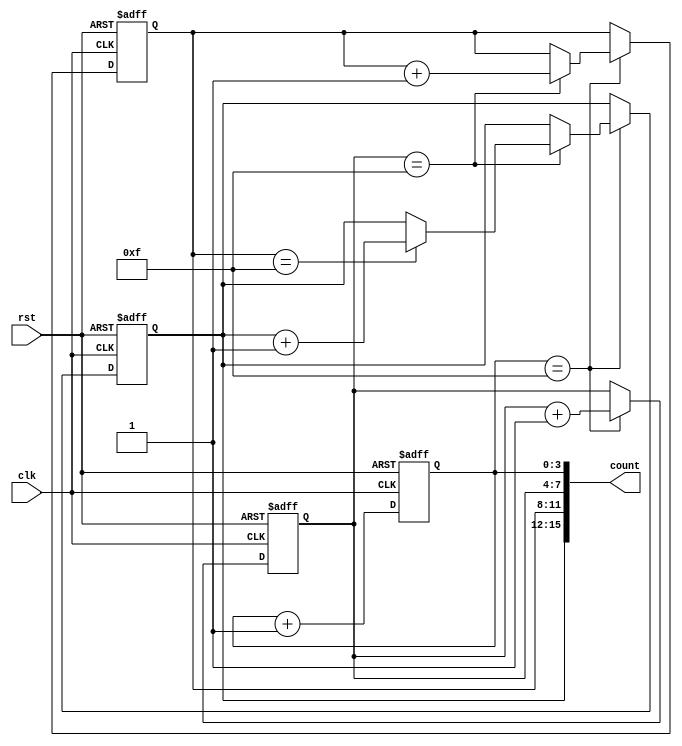
module cascaded_counter (
    input wire clk,
    input wire rst,
    output reg [15:0] count
);

reg [3:0] block1_count, block2_count, block3_count, block4_count;

always @(posedge clk or posedge rst) begin
    if (rst) begin
        block1_count <= 4'b0000;
        block2_count <= 4'b0000;
        block3_count <= 4'b0000;
        block4_count <= 4'b0000;
    end else begin
        block1_count <= block1_count + 1;
        if (block1_count == 4'b1111) begin
            block2_count <= block2_count + 1;
            if (block2_count == 4'b1111) begin
                block3_count <= block3_count + 1;
                if (block3_count == 4'b1111) begin
                    block4_count <= block4_count + 1;
                end
            end
        end
    end
end

assign count = {block4_count, block3_count, block2_count, block1_count};

endmodule